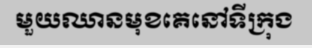
មួយឈានមុខគេនៅទីក្រុង